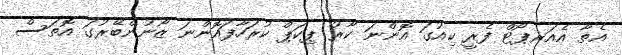
އެތާ އެއަރޕޯޓް ފެރީ ކިއުގަ އޮންނަ ކާރު ޕިކަޕް ކުރަހާފައޮންނަ ޒޯނުންބޭރުގަ އޮތަސް